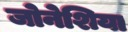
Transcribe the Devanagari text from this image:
जोनेशिया